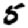
Digit: 5